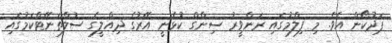
ޕަދުކޯން އެވެ. މި ފިލްމުގައި ރަންވީރު ސިންގް ކުޅެނީ އޭރުގެ ދިއްލީގެ ސުލްތަނޭޓްކަމުގައި